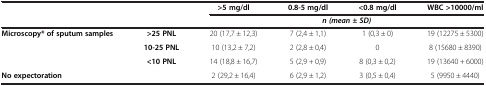
| <COLSPAN=2>  | >5 mg/dl | 0.8-5 mg/dl | <0.8 mg/dl | WBC >10000/ml |
 | <COLSPAN=2>  | <COLSPAN=4> n (mean ± SD) |
 | --- | --- | --- | --- | --- | --- |
 | <ROWSPAN=3> Microscopy* of sputum samples | >25 PNL | 20 (17,7 ± 12,3) | 7 (2,4 ± 1,1) | 1 (0,3 ± 0) | 19 (12275 ± 5300) |
 | 10-25 PNL | 10 (13,2 ± 7,2) | 2 (2,8 ± 0,4) | 0 | 8 (15680 ± 8390) |
 | <10 PNL | 14 (18,8 ± 16,7) | 5 (2,9 + 0,9) | 8 (0,3 ± 0,2) | 19 (13640 + 6000) |
 | <COLSPAN=2> No expectoration | 2 (29,2 ± 16,4) | 6 (2,9 ± 1,2) | 3 (0,5 ± 0,4) | 5 (9950 ± 4440) |